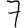
Digit: 7